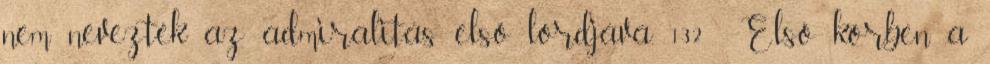
nem nevezték az admiralitás első lordjává. 132 Első körben a